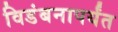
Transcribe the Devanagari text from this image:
विडंबनापर्यंत